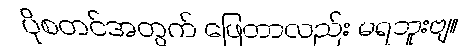
ပိုစတင်အတွက် ဖြေတာလည်း မရဘူးဗျ။